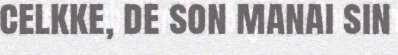
celkke, de son manai sin